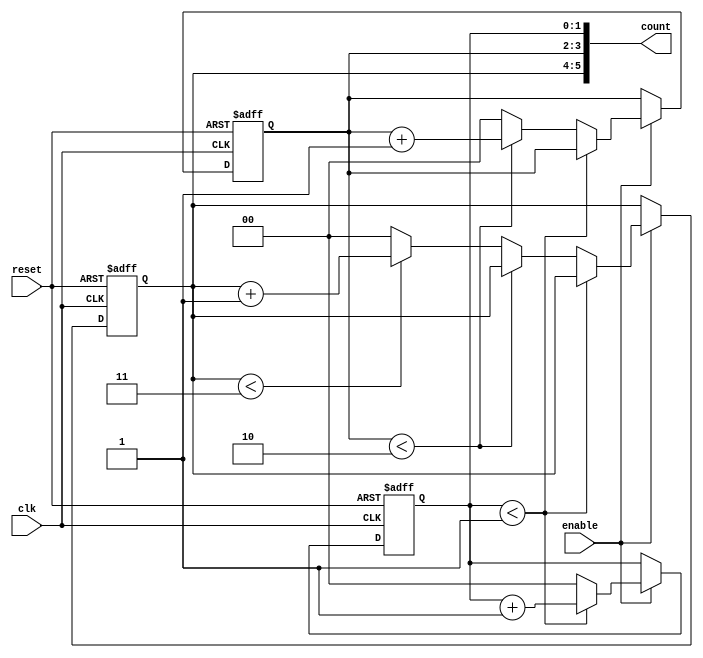
module mixed_radix_counter (
    input wire clk,               // Clock input
    input wire reset,             // Asynchronous reset
    input wire enable,            // Enable signal
    output reg [5:0] count        // Output count (adjust width as needed)
);

    // Define the maximum count values for each digit based on their radix
    localparam MAX_COUNT_DIGIT1 = 2; // Base 2 (0 to 1)
    localparam MAX_COUNT_DIGIT2 = 3; // Base 3 (0 to 2)
    localparam MAX_COUNT_DIGIT3 = 4; // Base 4 (0 to 3)

    // Internal registers to hold the counts for each digit
    reg [1:0] digit1; // 2 bits for base 2
    reg [1:0] digit2; // 2 bits for base 3
    reg [1:0] digit3; // 2 bits for base 4

    // Output concatenation
    always @(*) begin
        count = {digit3, digit2, digit1}; // Combine all digits into the output
    end

    // Counting logic
    always @(posedge clk or posedge reset) begin
        if (reset) begin
            digit1 <= 0;
            digit2 <= 0;
            digit3 <= 0;
        end else if (enable) begin
            // Increment the lowest digit
            if (digit1 < MAX_COUNT_DIGIT1 - 1) begin
                digit1 <= digit1 + 1;
            end else begin
                digit1 <= 0; // Reset digit1
                // Increment the second digit
                if (digit2 < MAX_COUNT_DIGIT2 - 1) begin
                    digit2 <= digit2 + 1;
                end else begin
                    digit2 <= 0; // Reset digit2
                    // Increment the third digit
                    if (digit3 < MAX_COUNT_DIGIT3 - 1) begin
                        digit3 <= digit3 + 1;
                    end else begin
                        digit3 <= 0; // Reset digit3
                    end
                end
            end
        end
    end

endmodule